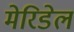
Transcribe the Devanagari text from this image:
मेरिडेल